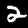
Label: 2